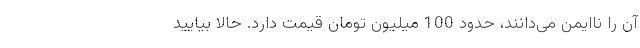
آن را ناایمن می‌دانند، حدود 100 میلیون تومان قیمت دارد. حالا بیایید